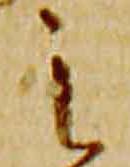
之